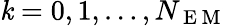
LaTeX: \mathit{k}=0,1,\dots,N_{\mathrm{{~E~M~}}}